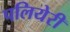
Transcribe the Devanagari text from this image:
पलियेरी